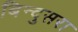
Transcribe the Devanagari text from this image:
बिन्दुसरा